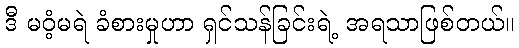
ဒီ မဝံ့မရဲ ခံစားမှုဟာ ရှင်သန်ခြင်းရဲ့ အရသာဖြစ်တယ်။